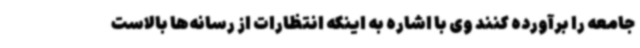
جامعه را برآورده کنند وی با اشاره به اینکه انتظارات از رسانه‌ها بالاست